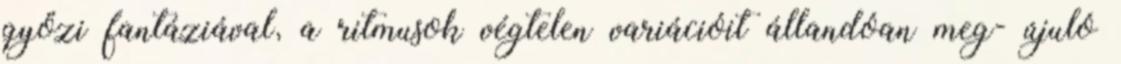
győzi fantáziával, a ritmusok végtelen variációit állandóan meg- újuló